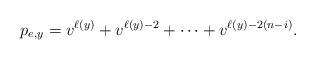
LaTeX: \begin{align*} p_{e,y}=v^{\ell(y)}+v^{\ell(y)-2}+\cdots +v^{\ell(y)-2(n-i)}.\end{align*}